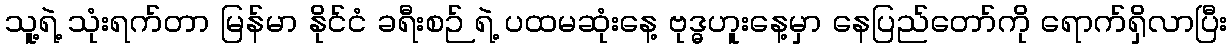
သူ့ရဲ့ သုံးရက်တာ မြန်မာ နိုင်ငံ ခရီးစဉ် ရဲ့ ပထမဆုံးနေ့ ဗုဒ္ဓဟူးနေ့မှာ နေပြည်တော်ကို ရောက်ရှိလာပြီး